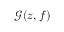
\mathcal { G } ( z , f )